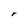
Character: r